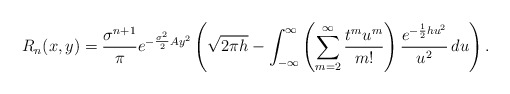
\begin{align*}R_n(x, y)=\frac{\sigma^{n+1}}{\pi} \displaystyle e^{-\frac{\sigma^2}{2}Ay^2}\left(\sqrt{2\pi h}-\displaystyle \int_{-\infty}^{\infty}\left(\sum\limits_{m=2}^{\infty}\frac{t^m u^m} {m!}\right)\displaystyle \frac{e^{-\frac{1}{2}hu^2}}{u^2}\,du\right).\end{align*}